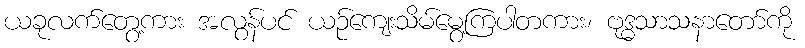
ယခုလက်တွေ့ကား အလွန်ပင် ယဉ်ကျေးသိမ်မွေ့ကြပါတကား၊ ဗုဒ္ဓသာသနာတော်ကို